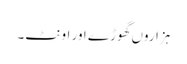
ہزاروں گھوڑے اور اونٹ۔